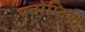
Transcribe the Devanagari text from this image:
पनोप्टिक